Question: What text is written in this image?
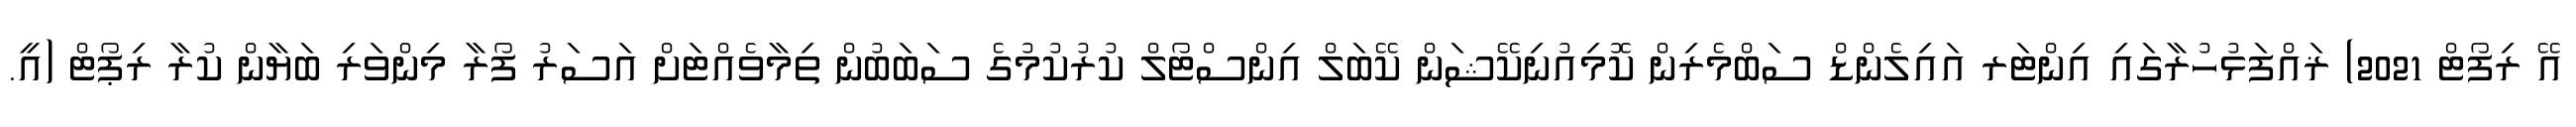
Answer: އޭ ރިފޯޓް 2021) ޜައްފަޅުހުރާގައި އިންޓަރ އައިލެންޑް ސަބްމެރިން ކޮމިއުނިކޭޝަން ކޭބަލް އިންސްޓޯލް ކުރުކުމުގެ ސަބަބުން ތިމާވެއްޓަށް އަސަރު ފޯރާ މިންވަރި ބަޔާން ކުރާ ރިޕޯޓް (އީ.